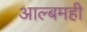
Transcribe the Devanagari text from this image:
आल्बमही